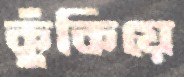
কুঁকিয়ে